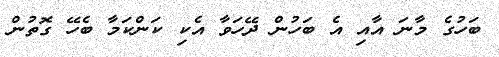
ބަހުގެ މާނަ އާއި އެ ބަހުން ދޭހަވާ އެކި ކަންކަމާ ބެހޭ ގޮތުން